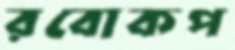
রবোকপ